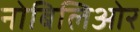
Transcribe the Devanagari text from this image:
नोबिलिओर